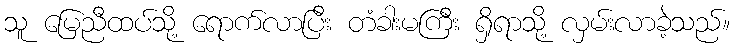
သူ မြေညီထပ်သို့ ရောက်လာပြီး တံခါးမကြီး ရှိရာသို့ လှမ်းလာခဲ့သည်။